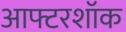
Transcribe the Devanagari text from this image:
आफ्टरशॉक